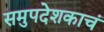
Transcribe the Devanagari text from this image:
समुपदेशकाचं